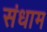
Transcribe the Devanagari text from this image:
संधाम